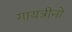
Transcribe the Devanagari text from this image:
गायत्रीनो